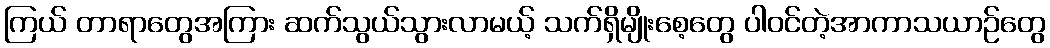
ကြယ် တာရာတွေအကြား ဆက်သွယ်သွားလာမယ့် သက်ရှိမျိုးစေ့တွေ ပါဝင်တဲ့အာကာသယာဉ်တွေ